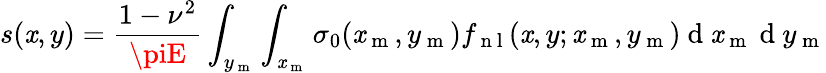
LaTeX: s(\mathit{x},y)=\frac{{1-\nu^{2}}}{{\piE}}\int_{y_{\mathrm{{~m~}}}}\int_{\mathit{x}_{\mathrm{{~m~}}}}{\sigma_{0}(\mathit{x}_{\mathrm{{~m~}}},y_{\mathrm{{~m~}}})}f_{\mathrm{{~n~l~}}}(\mathit{x},y;\mathit{x}_{\mathrm{{~m~}}},y_{\mathrm{{~m~}}})\mathrm{{~d~}}\mathit{x}_{\mathrm{{~m~}}}\mathrm{{~d~}}y_{\mathrm{{~m~}}}